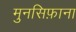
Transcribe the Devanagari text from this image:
मुनसिफ़ाना